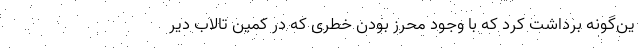
ین‌گونه برداشت کرد که با وجود محرز بودن خطری که در کمین تالاب دیّر